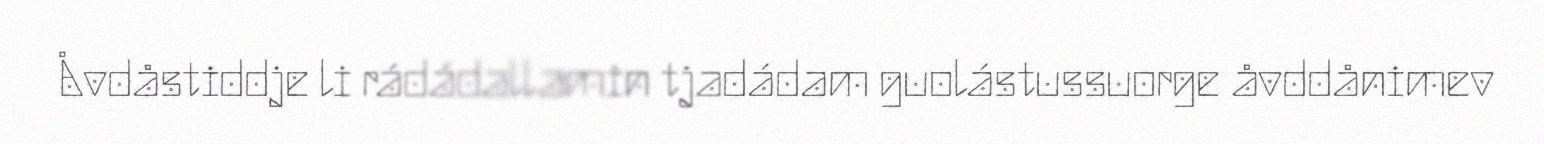
Åvdåstiddje li rádádallamin tjadádam guolástussuorge åvddånimev